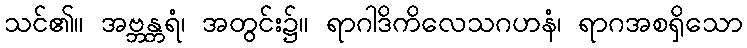
သင်၏။ အဗ္ဘန္တရံ၊ အတွင်း၌။ ရာဂါဒိကိလေသဂဟနံ၊ ရာဂအစရှိသော